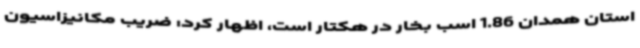
استان همدان 1.86 اسب بخار در هکتار است، اظهار کرد: ضریب مکانیزاسیون